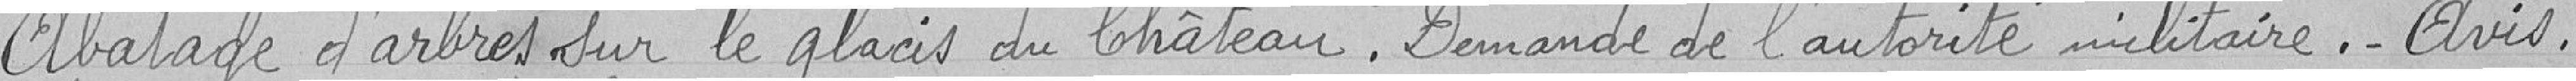
Abattage d'arbres sur le glacis du Chateau. Demande de l'autorité militaire._ Avis.